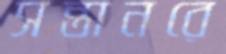
সন্তানরে